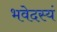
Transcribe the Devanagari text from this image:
भवेदस्यं